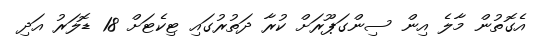
އެގޮތުން މާލެ އިން ސިންގަޕޫރަށް ކުރާ ދަތުރުގައި ޓިކެޓަށް 18 ޑޮލަރު އަދި